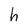
Character: h